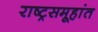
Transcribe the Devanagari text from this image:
राष्ट्रसमूहांत